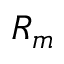
R _ { m }